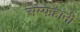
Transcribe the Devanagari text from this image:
अस्फहानी